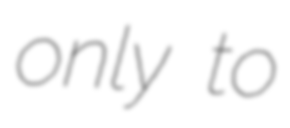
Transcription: only to